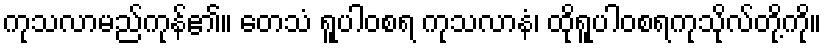
ကုသလာမည်ကုန်၏။ တေသံ ရူပါဝစရ ကုသလာနံ၊ ထိုရူပါဝစရကုသိုလ်တို့ကို။